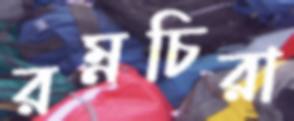
রম্নচিরা